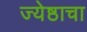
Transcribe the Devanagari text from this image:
ज्येष्ठाचा